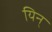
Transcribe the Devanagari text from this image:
यिन्